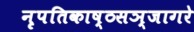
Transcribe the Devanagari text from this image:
नृपतिकाष्ठसञ्जागरे